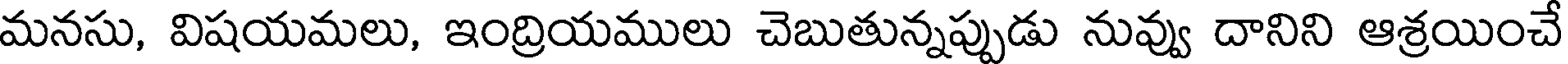
మనసు, విషయమలు, ఇంద్రియములు చెబుతున్నప్పుడు నువ్వు దానిని ఆశ్రయించే